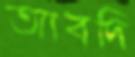
আবদি